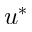
u ^ { * }